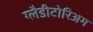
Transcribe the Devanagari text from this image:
ग्लैडीटोरिअम